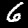
Digit: 6